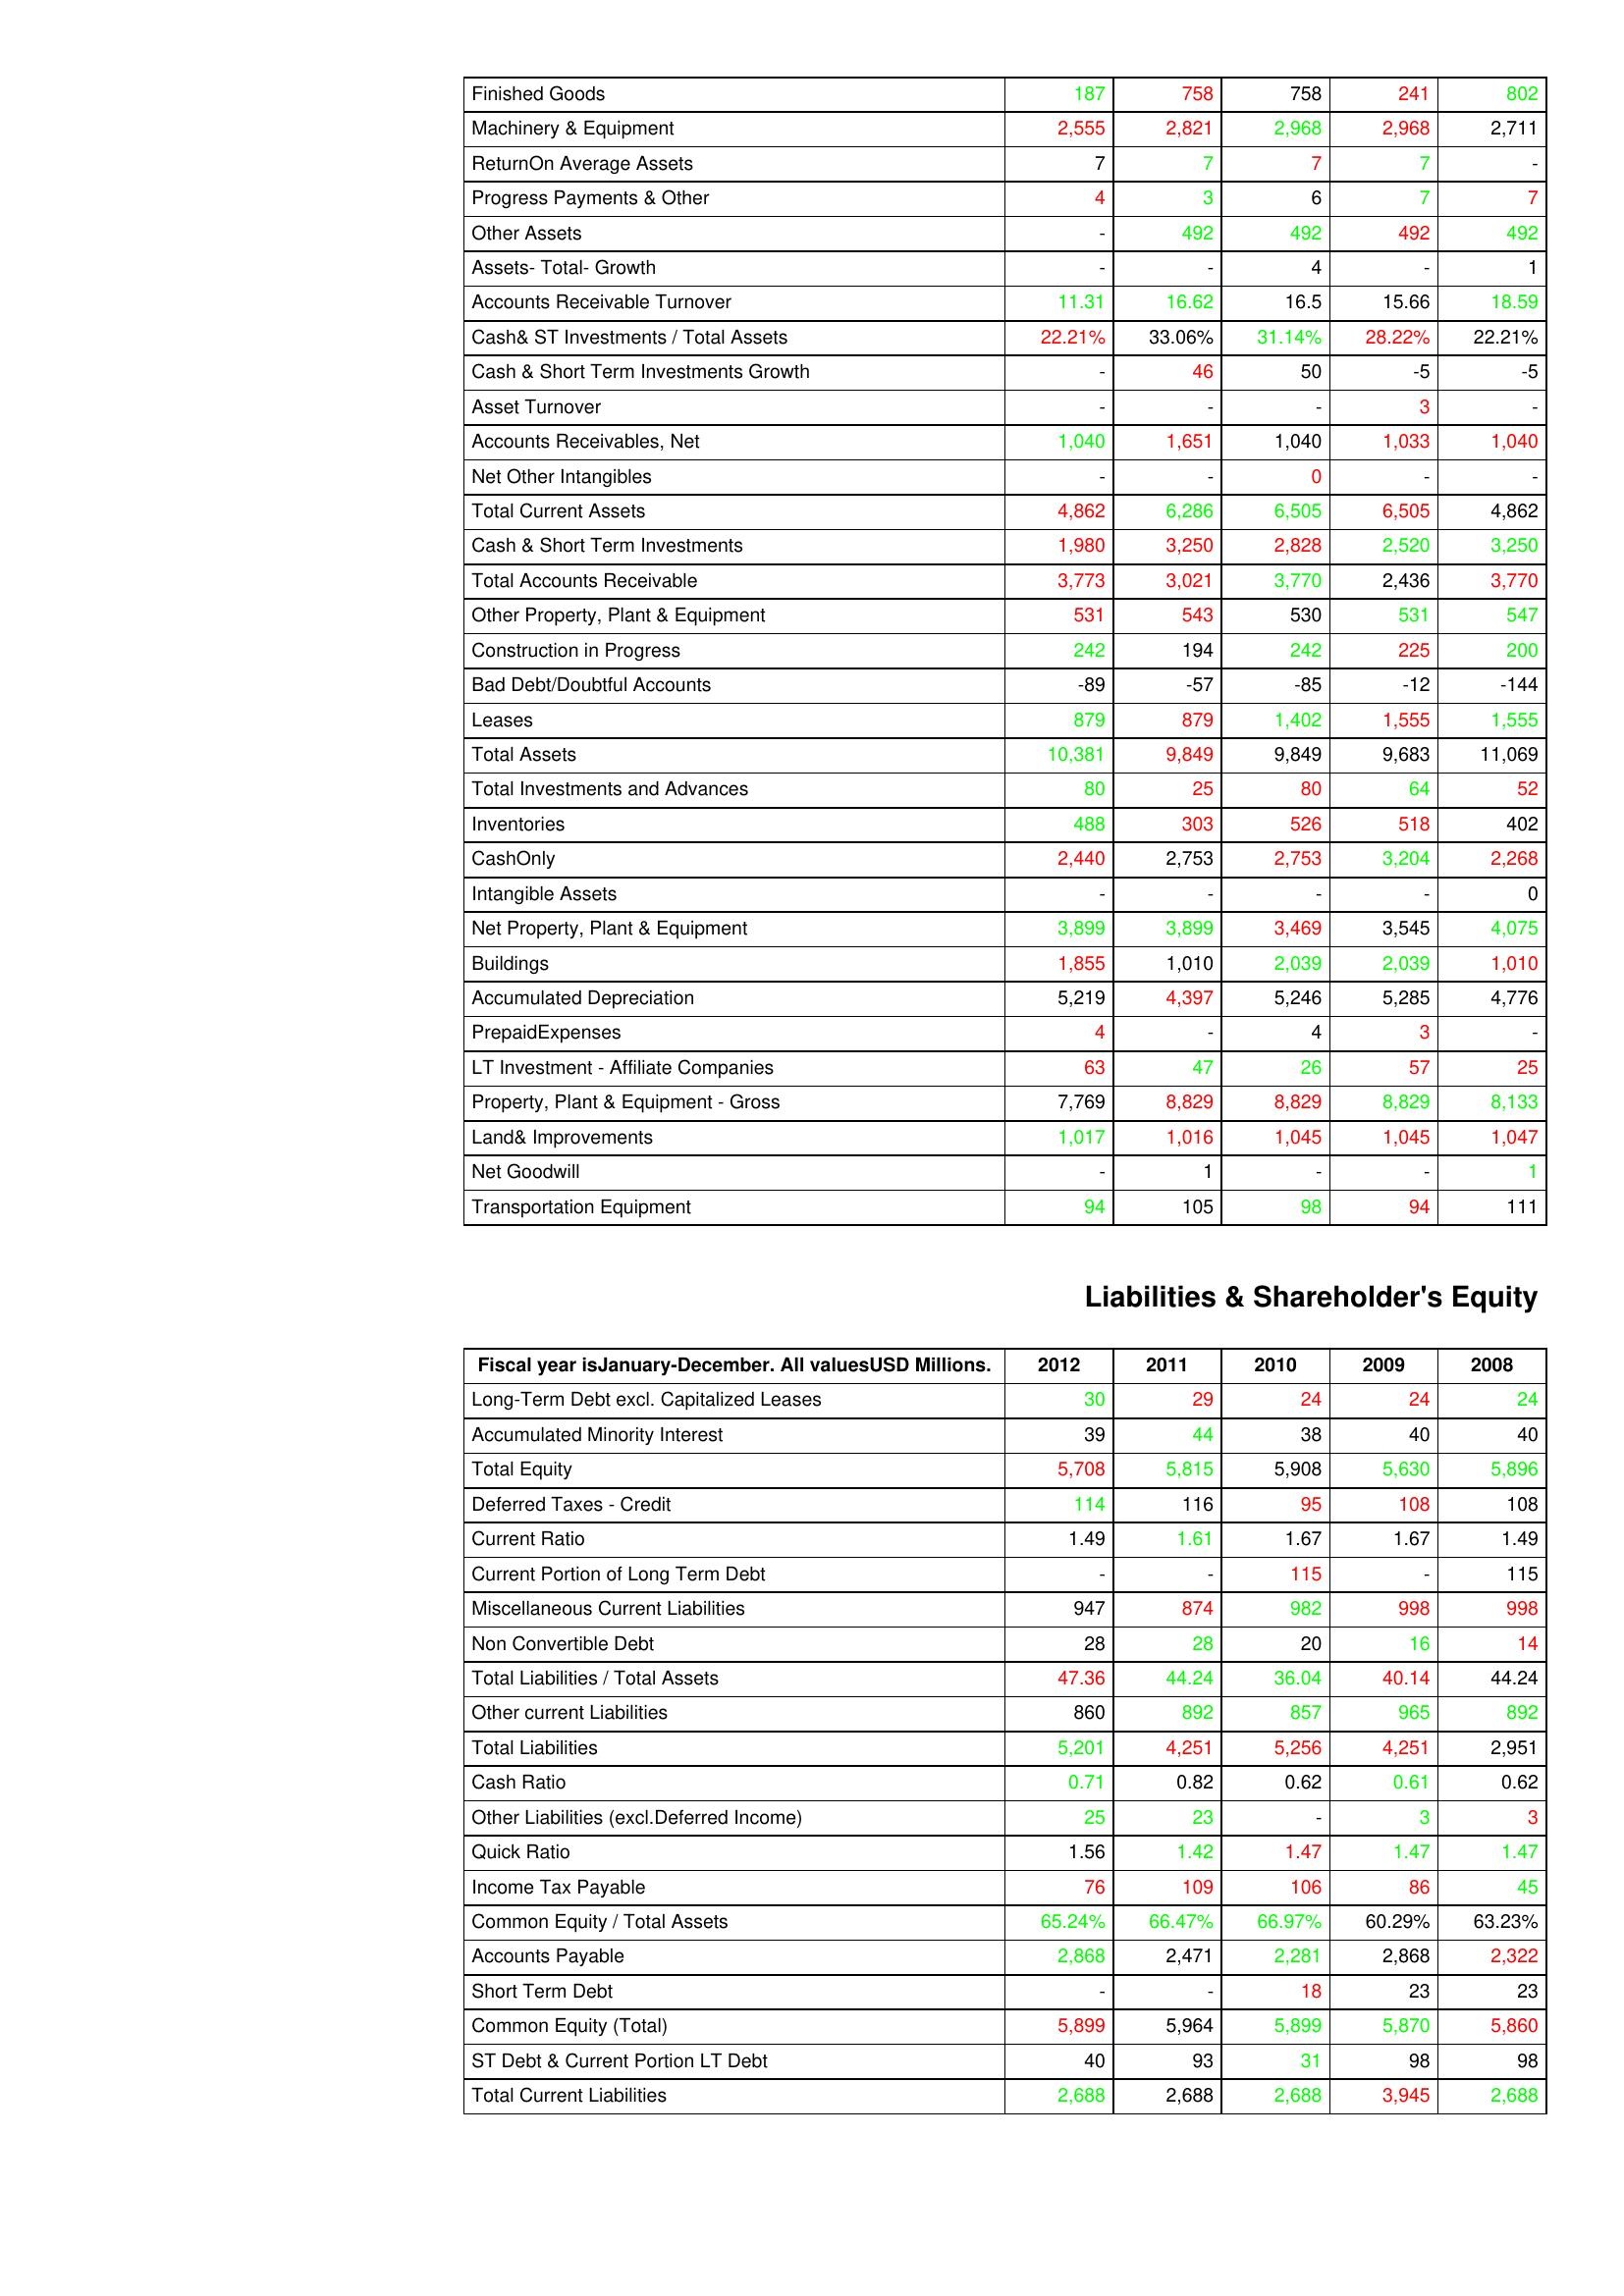
gt_parse: 2012: Assets: Finished Goods: 187
Machinery & Equipment: 2,555
ReturnOn Average Assets: 7
Progress Payments & Other: 4
Other Assets: -
Assets- Total- Growth: -
Accounts Receivable Turnover: 11.31
Cash& ST Investments / Total Assets: 22.21%
Cash & Short Term Investments Growth: -
Asset Turnover: -
Accounts Receivables, Net: 1,040
Net Other Intangibles: -
Total Current Assets: 4,862
Cash & Short Term Investments: 1,980
Total Accounts Receivable: 3,773
Other Property, Plant & Equipment: 531
Construction in Progress: 242
Bad Debt/Doubtful Accounts: -89
Leases: 879
Total Assets: 10,381
Total Investments and Advances: 80
Inventories: 488
CashOnly: 2,440
Intangible Assets: -
Net Property, Plant & Equipment: 3,899
Buildings: 1,855
Accumulated Depreciation: 5,219
PrepaidExpenses: 4
LT Investment - Affiliate Companies: 63
Property, Plant & Equipment - Gross : 7,769
Land& Improvements: 1,017
Net Goodwill: -
Transportation Equipment: 94
Liabilities & Shareholder's Equity: Long-Term Debt excl. Capitalized Leases: 30
Accumulated Minority Interest: 39
Total Equity: 5,708
Deferred Taxes - Credit: 114
Current Ratio: 1.49
Current Portion of Long Term Debt: -
Miscellaneous Current Liabilities: 947
Non Convertible Debt: 28
Total Liabilities / Total Assets: 47.36
Other current Liabilities: 860
Total Liabilities: 5,201
Cash Ratio: 0.71
Other Liabilities (excl.Deferred Income): 25
Quick Ratio: 1.56
Income Tax Payable: 76
Common Equity / Total Assets: 65.24%
Accounts Payable: 2,868
Short Term Debt: -
Common Equity (Total): 5,899
ST Debt & Current Portion LT Debt: 40
Total Current Liabilities: 2,688
2011: Assets: Finished Goods: 758
Machinery & Equipment: 2,821
ReturnOn Average Assets: 7
Progress Payments & Other: 3
Other Assets: 492
Assets- Total- Growth: -
Accounts Receivable Turnover: 16.62
Cash& ST Investments / Total Assets: 33.06%
Cash & Short Term Investments Growth: 46
Asset Turnover: -
Accounts Receivables, Net: 1,651
Net Other Intangibles: -
Total Current Assets: 6,286
Cash & Short Term Investments: 3,250
Total Accounts Receivable: 3,021
Other Property, Plant & Equipment: 543
Construction in Progress: 194
Bad Debt/Doubtful Accounts: -57
Leases: 879
Total Assets: 9,849
Total Investments and Advances: 25
Inventories: 303
CashOnly: 2,753
Intangible Assets: -
Net Property, Plant & Equipment: 3,899
Buildings: 1,010
Accumulated Depreciation: 4,397
PrepaidExpenses: -
LT Investment - Affiliate Companies: 47
Property, Plant & Equipment - Gross : 8,829
Land& Improvements: 1,016
Net Goodwill: 1
Transportation Equipment: 105
Liabilities & Shareholder's Equity: Long-Term Debt excl. Capitalized Leases: 29
Accumulated Minority Interest: 44
Total Equity: 5,815
Deferred Taxes - Credit: 116
Current Ratio: 1.61
Current Portion of Long Term Debt: -
Miscellaneous Current Liabilities: 874
Non Convertible Debt: 28
Total Liabilities / Total Assets: 44.24
Other current Liabilities: 892
Total Liabilities: 4,251
Cash Ratio: 0.82
Other Liabilities (excl.Deferred Income): 23
Quick Ratio: 1.42
Income Tax Payable: 109
Common Equity / Total Assets: 66.47%
Accounts Payable: 2,471
Short Term Debt: -
Common Equity (Total): 5,964
ST Debt & Current Portion LT Debt: 93
Total Current Liabilities: 2,688
2010: Assets: Finished Goods: 758
Machinery & Equipment: 2,968
ReturnOn Average Assets: 7
Progress Payments & Other: 6
Other Assets: 492
Assets- Total- Growth: 4
Accounts Receivable Turnover: 16.5
Cash& ST Investments / Total Assets: 31.14%
Cash & Short Term Investments Growth: 50
Asset Turnover: -
Accounts Receivables, Net: 1,040
Net Other Intangibles: 0
Total Current Assets: 6,505
Cash & Short Term Investments: 2,828
Total Accounts Receivable: 3,770
Other Property, Plant & Equipment: 530
Construction in Progress: 242
Bad Debt/Doubtful Accounts: -85
Leases: 1,402
Total Assets: 9,849
Total Investments and Advances: 80
Inventories: 526
CashOnly: 2,753
Intangible Assets: -
Net Property, Plant & Equipment: 3,469
Buildings: 2,039
Accumulated Depreciation: 5,246
PrepaidExpenses: 4
LT Investment - Affiliate Companies: 26
Property, Plant & Equipment - Gross : 8,829
Land& Improvements: 1,045
Net Goodwill: -
Transportation Equipment: 98
Liabilities & Shareholder's Equity: Long-Term Debt excl. Capitalized Leases: 24
Accumulated Minority Interest: 38
Total Equity: 5,908
Deferred Taxes - Credit: 95
Current Ratio: 1.67
Current Portion of Long Term Debt: 115
Miscellaneous Current Liabilities: 982
Non Convertible Debt: 20
Total Liabilities / Total Assets: 36.04
Other current Liabilities: 857
Total Liabilities: 5,256
Cash Ratio: 0.62
Other Liabilities (excl.Deferred Income): -
Quick Ratio: 1.47
Income Tax Payable: 106
Common Equity / Total Assets: 66.97%
Accounts Payable: 2,281
Short Term Debt: 18
Common Equity (Total): 5,899
ST Debt & Current Portion LT Debt: 31
Total Current Liabilities: 2,688
2009: Assets: Finished Goods: 241
Machinery & Equipment: 2,968
ReturnOn Average Assets: 7
Progress Payments & Other: 7
Other Assets: 492
Assets- Total- Growth: -
Accounts Receivable Turnover: 15.66
Cash& ST Investments / Total Assets: 28.22%
Cash & Short Term Investments Growth: -5
Asset Turnover: 3
Accounts Receivables, Net: 1,033
Net Other Intangibles: -
Total Current Assets: 6,505
Cash & Short Term Investments: 2,520
Total Accounts Receivable: 2,436
Other Property, Plant & Equipment: 531
Construction in Progress: 225
Bad Debt/Doubtful Accounts: -12
Leases: 1,555
Total Assets: 9,683
Total Investments and Advances: 64
Inventories: 518
CashOnly: 3,204
Intangible Assets: -
Net Property, Plant & Equipment: 3,545
Buildings: 2,039
Accumulated Depreciation: 5,285
PrepaidExpenses: 3
LT Investment - Affiliate Companies: 57
Property, Plant & Equipment - Gross : 8,829
Land& Improvements: 1,045
Net Goodwill: -
Transportation Equipment: 94
Liabilities & Shareholder's Equity: Long-Term Debt excl. Capitalized Leases: 24
Accumulated Minority Interest: 40
Total Equity: 5,630
Deferred Taxes - Credit: 108
Current Ratio: 1.67
Current Portion of Long Term Debt: -
Miscellaneous Current Liabilities: 998
Non Convertible Debt: 16
Total Liabilities / Total Assets: 40.14
Other current Liabilities: 965
Total Liabilities: 4,251
Cash Ratio: 0.61
Other Liabilities (excl.Deferred Income): 3
Quick Ratio: 1.47
Income Tax Payable: 86
Common Equity / Total Assets: 60.29%
Accounts Payable: 2,868
Short Term Debt: 23
Common Equity (Total): 5,870
ST Debt & Current Portion LT Debt: 98
Total Current Liabilities: 3,945
2008: Assets: Finished Goods: 802
Machinery & Equipment: 2,711
ReturnOn Average Assets: -
Progress Payments & Other: 7
Other Assets: 492
Assets- Total- Growth: 1
Accounts Receivable Turnover: 18.59
Cash& ST Investments / Total Assets: 22.21%
Cash & Short Term Investments Growth: -5
Asset Turnover: -
Accounts Receivables, Net: 1,040
Net Other Intangibles: -
Total Current Assets: 4,862
Cash & Short Term Investments: 3,250
Total Accounts Receivable: 3,770
Other Property, Plant & Equipment: 547
Construction in Progress: 200
Bad Debt/Doubtful Accounts: -144
Leases: 1,555
Total Assets: 11,069
Total Investments and Advances: 52
Inventories: 402
CashOnly: 2,268
Intangible Assets: 0
Net Property, Plant & Equipment: 4,075
Buildings: 1,010
Accumulated Depreciation: 4,776
PrepaidExpenses: -
LT Investment - Affiliate Companies: 25
Property, Plant & Equipment - Gross : 8,133
Land& Improvements: 1,047
Net Goodwill: 1
Transportation Equipment: 111
Liabilities & Shareholder's Equity: Long-Term Debt excl. Capitalized Leases: 24
Accumulated Minority Interest: 40
Total Equity: 5,896
Deferred Taxes - Credit: 108
Current Ratio: 1.49
Current Portion of Long Term Debt: 115
Miscellaneous Current Liabilities: 998
Non Convertible Debt: 14
Total Liabilities / Total Assets: 44.24
Other current Liabilities: 892
Total Liabilities: 2,951
Cash Ratio: 0.62
Other Liabilities (excl.Deferred Income): 3
Quick Ratio: 1.47
Income Tax Payable: 45
Common Equity / Total Assets: 63.23%
Accounts Payable: 2,322
Short Term Debt: 23
Common Equity (Total): 5,860
ST Debt & Current Portion LT Debt: 98
Total Current Liabilities: 2,688